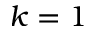
k = 1